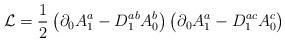
LaTeX: \begin{align*}{\mathcal L} = \frac{1}{2} \: \big(\partial_0 A_1^a - D_1^{ab}A_0^b \big)\, \big(\partial_0 A_1^a - D_1^{ac}A_0^c \big) \end{align*}